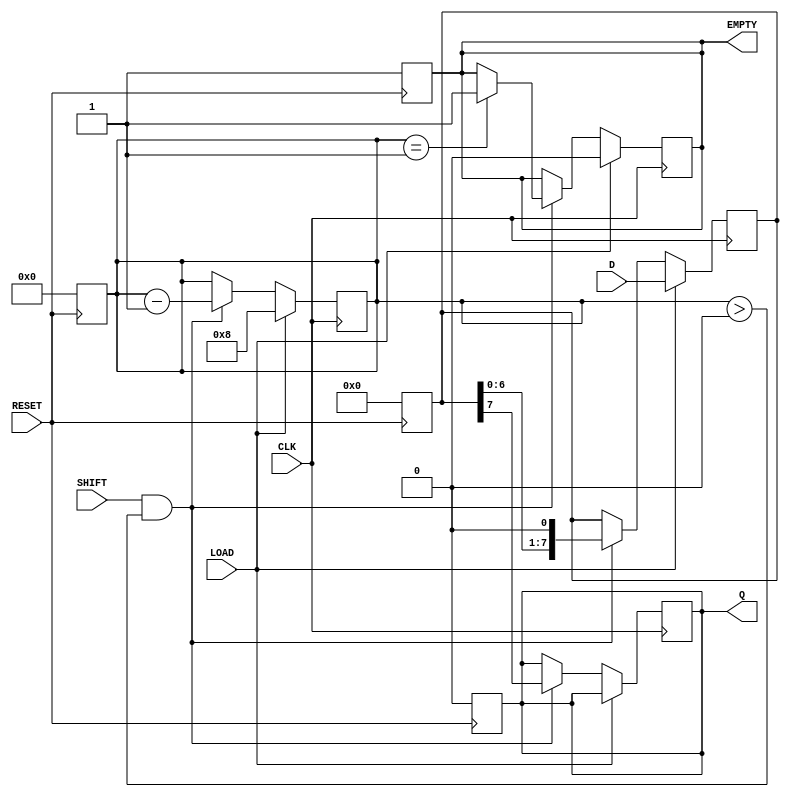
module PISO_Shift_Register #(
    parameter WIDTH = 8  // Width of the shift register
)(
    input wire [WIDTH-1:0] D,     // Parallel data input
    input wire LOAD,               // Load control signal
    input wire CLK,                // Clock signal
    input wire SHIFT,              // Shift control signal
    input wire RESET,              // Asynchronous reset signal
    output reg Q,                  // Serial output
    output reg EMPTY               // Empty flag
);

    reg [WIDTH-1:0] shift_reg;     // Shift register array
    reg [3:0] count;               // Counter to track number of bits shifted out

    // Asynchronous reset
    always @(posedge RESET) begin
        shift_reg <= 0;
        Q <= 0;
        EMPTY <= 1;
        count <= 0;
    end

    // Shift register operation
    always @(posedge CLK) begin
        if (LOAD) begin
            // Load data into the shift register
            shift_reg <= D;
            count <= WIDTH;  // Reset count to the width of the register
            EMPTY <= 0;      // Register is not empty after loading
        end else if (SHIFT && count > 0) begin
            // Shift data out serially
            Q <= shift_reg[WIDTH-1]; // Output the MSB
            shift_reg <= {shift_reg[WIDTH-2:0], 1'b0}; // Shift left
            count <= count - 1; // Decrement the count
            if (count == 1) begin
                EMPTY <= 1; // Set EMPTY if all bits have been shifted out
            end
        end
    end

endmodule